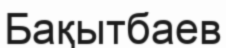
Бақытбаев